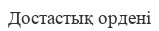
Достастық ордені